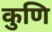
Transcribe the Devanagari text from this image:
कुणि